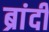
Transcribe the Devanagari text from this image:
ब्रांदी